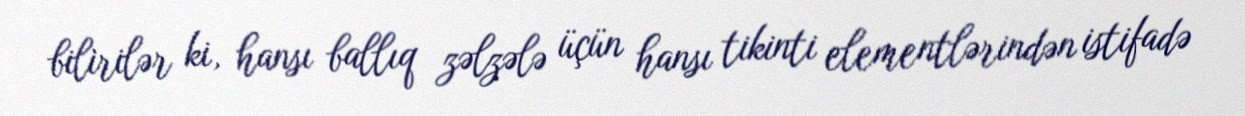
bilirilər ki, hansı ballıq zəlzələ üçün hansı tikinti elementlərindən istifadə